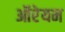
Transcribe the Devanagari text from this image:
ऑरेयम